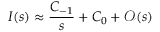
I ( s ) \approx \frac { C _ { - 1 } } { s } + C _ { 0 } + \mathcal { O } ( s )